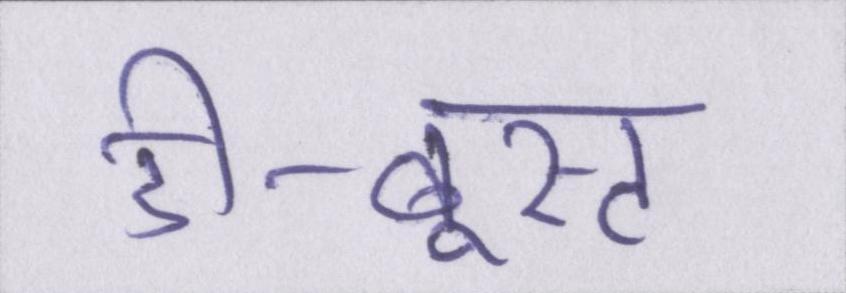
डी-बूस्ट